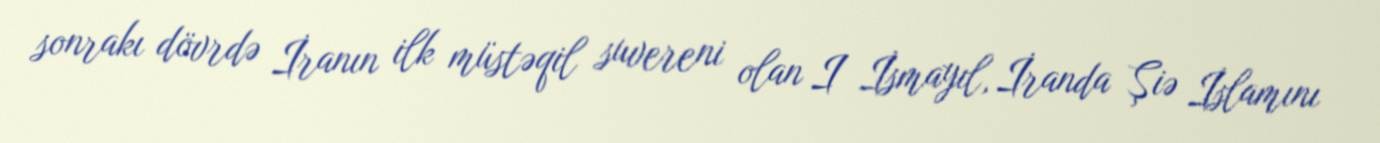
sonrakı dövrdə İranın ilk müstəqil suvereni olan I İsmayıl, İranda Şiə İslamını